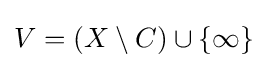
V=(X\setminus C)\cup \{\infty \}